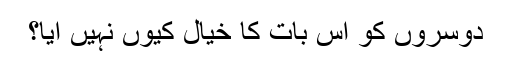
دوسروں کو اس بات کا خیال کیوں نہیں آیا؟